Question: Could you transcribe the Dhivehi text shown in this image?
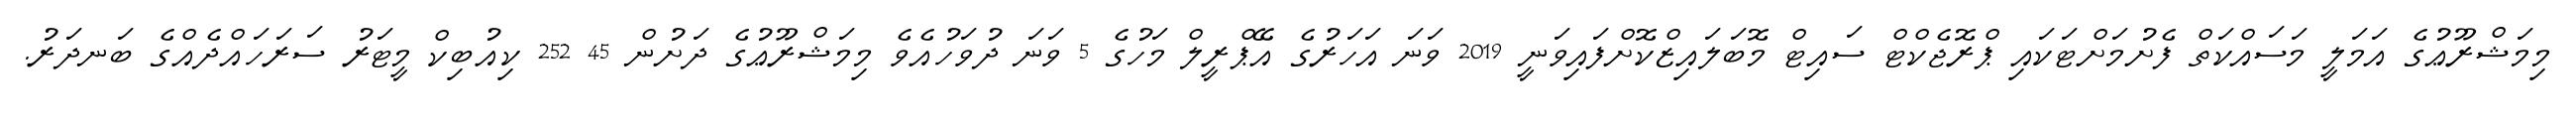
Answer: މިމަޝްރޫޢުގެ އަމަލީ މަސައްކަތް ފެށުމަށްޓަކައި ޕްރޮޖެކްޓް ސައިޓް މޮބަލައިޒްކޮށްފައިވަނީ 2019 ވަނަ އަހަރުގެ އޭޕްރީލް މަހުގެ 5 ވަނަ ދުވަހުއެވެ މިމަޝްރޫޢުގެ ދަށުން 45 252 ކިއުބިކް މީޓަރު ސަރަހައްދެއްގެ ބަނދަރު.